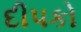
દીપકો